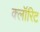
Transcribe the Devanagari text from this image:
क्लॉरिट